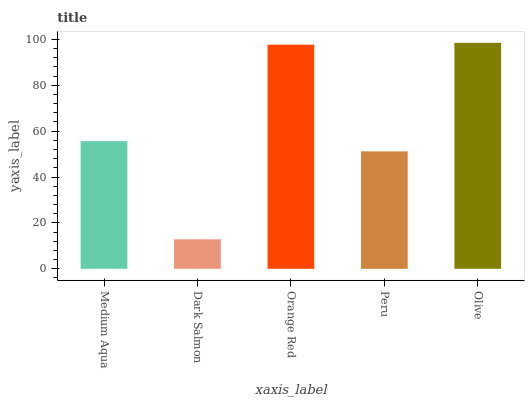
| xaxis_label | bars |
 | --- | --- |
 | Medium Aqua | 55.6 |
 | Dark Salmon | 12.8 |
 | Orange Red | 97.7 |
 | Peru | 51.2 |
 | Olive | 98.5 |